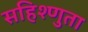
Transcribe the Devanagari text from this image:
सहिश्णुता